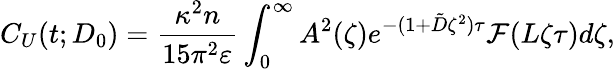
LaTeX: C_{U}(t;D_{0})=\frac{\kappa^{2}n}{15\pi^{2}\varepsilon}\int_{0}^{\infty}A^{2}(\zeta)e^{-(1+\tilde{D}\zeta^{2})\tau}\mathcal{F}(L\zeta\tau)d\zeta,